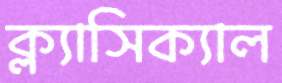
ক্ল্যাসিক্যাল